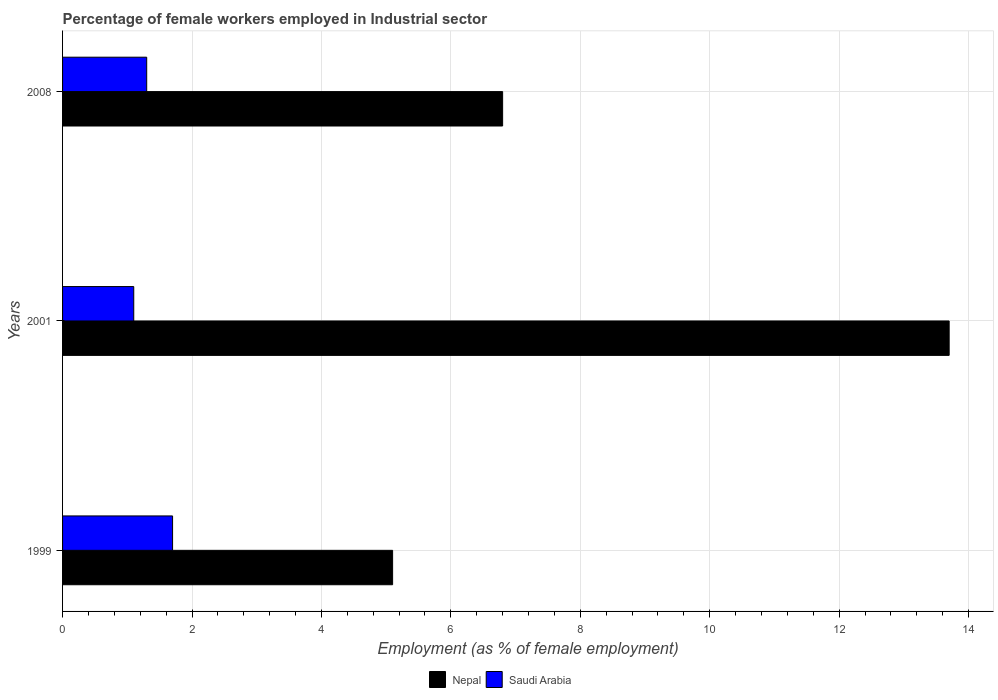
| Years | Nepal | Saudi Arabia |
 | --- | --- | --- |
 | 1999 | 5.1 | 1.7 |
 | 2001 | 13.7 | 1.1 |
 | 2008 | 6.8 | 1.3 |